Annual administration report of the Civil Veterinary Department, Ajmere-Merwara, British Rajputana - 1914-1940
Year: 1914
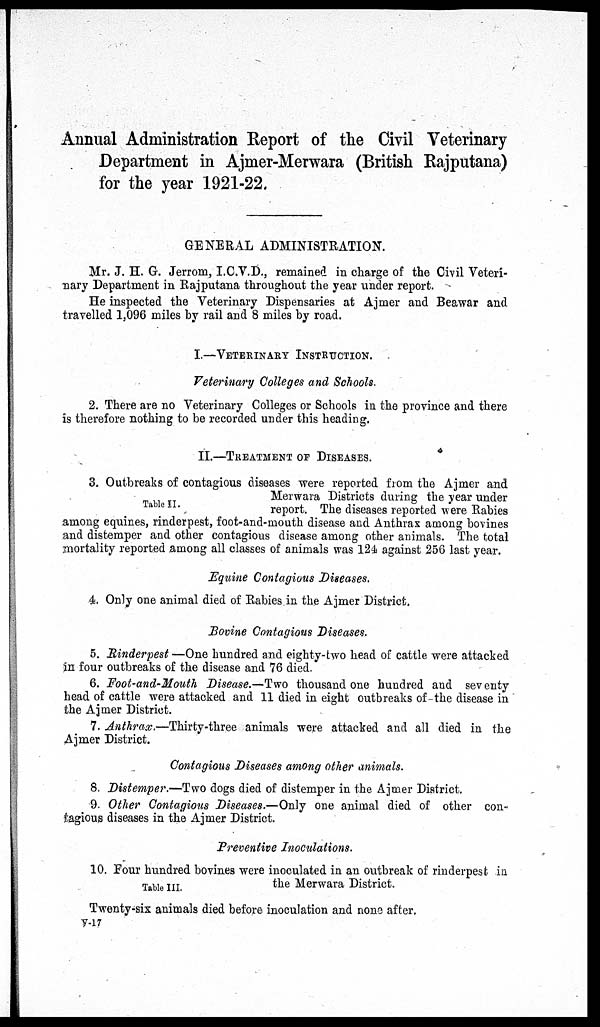
Annual Administration Report of the Civil Veterinary
Department in Ajmer-Merwara (British Rajputana)
for the year 1921-22.
GENERAL ADMINISTRATION.
Mr. J. H. G. Jerrom, I.C.V.D., remained in charge of the Civil Veteri-
nary Department in Rajputana throughout the year under report.
He inspected the Veterinary Dispensaries at Ajmer and Beawar and
travelled 1,096 miles by rail and 8 miles by road.
I.—VETERINARY INSTRUCTION.
Veterinary Colleges and Schools.
2. There are no Veterinary Colleges or Schools in the province and there
is therefore nothing to be recorded under this heading.
II.—TREATMENT OF DISEASES.
Table II.
3. Outbreaks of contagious diseases were reported from the Ajmer and
Merwara Districts during the year under
report. The diseases reported were Rabies
among equines, rinderpest, foot-and-mouth disease and Anthrax among bovines
and distemper and other contagious disease among other animals. The total
mortality reported among all classes of animals was 124 against 256 last year.
Equine Contagious Diseases.
4. Only one animal died of Rabies in the Ajmer District.
Bovine Contagious Diseases.
5. Rinderpest —One hundred and eighty-two head of cattle were attacked
in four outbreaks of the disease and 76 died.
6. Foot-and-Mouth Disease.—Two thousand one hundred and seventy
head of cattle were attacked and 11 died in eight outbreaks of the disease in
the Ajmer District.
7. Anthrax.—Thirty-three
animals were attacked and all died in the
Ajmer District.
Contagious Diseases among other animals.
8. Distemper.—Two dogs died of distemper in the Ajmer District.
9. Other Contagious Diseases.—Only one animal died of other con-
tagious diseases in the Ajmer District.
Preventive Inoculations.
Table III.
10. Four hundred bovines were inoculated in an outbreak of rinderpest in
the Merwara District.
Twenty-six animals died before inoculation and none after.
V-17